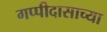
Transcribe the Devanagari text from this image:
गप्पीदासाच्या